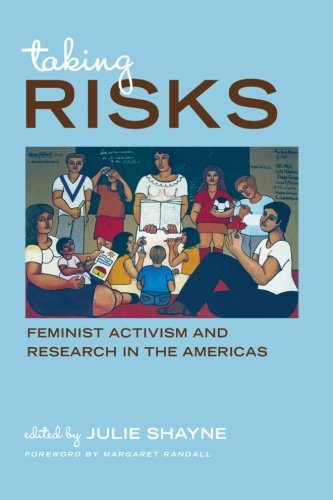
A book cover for Taking Risks: Feminist Activism and Research in the Americas (SUNY Series, Praxis: Theory in Action); Gay & Lesbian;